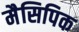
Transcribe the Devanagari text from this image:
मैसिपिक